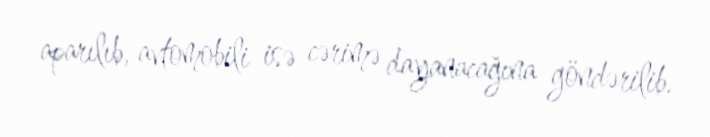
aparılıb, avtomobili isə cərimə dayanacağına göndərilib.